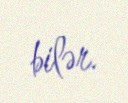
bilər.